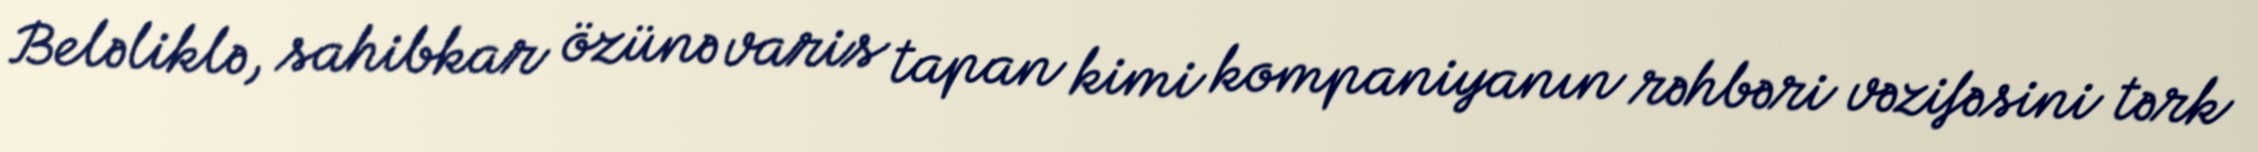
Beləliklə, sahibkar özünə varis tapan kimi kompaniyanın rəhbəri vəzifəsini tərk